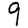
Digit: 9